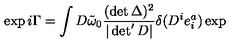
\exp i \Gamma = \int D \tilde { \omega } _ { 0 } \frac { ( \det \Delta ) ^ { 2 } } { | \det ^ { \prime } D | } \delta ( D ^ { i } e _ { i } ^ { a } ) \exp